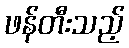
ဖန်တီးသည့်